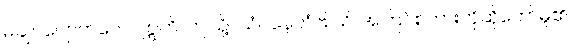
မချုပ်ပျောက်လေ။ ဣတိ၊ ဤသို့။ ယံပနေတံဗြူသိ၊ အကြင်စကားကိုဆိုတော်မူ၏။